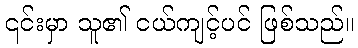
၎င်းမှာ သူ၏ ငယ်ကျင့်ပင် ဖြစ်သည်။